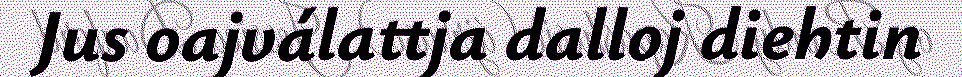
Jus oajválattja dalloj diehtin